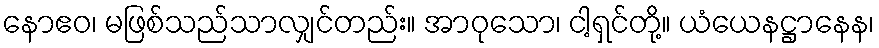
နောဧဝ၊ မဖြစ်သည်သာလျှင်တည်း။ အာဝုသော၊ ငါ့ရှင်တို့။ ယံယေနဋ္ဌာနေန၊